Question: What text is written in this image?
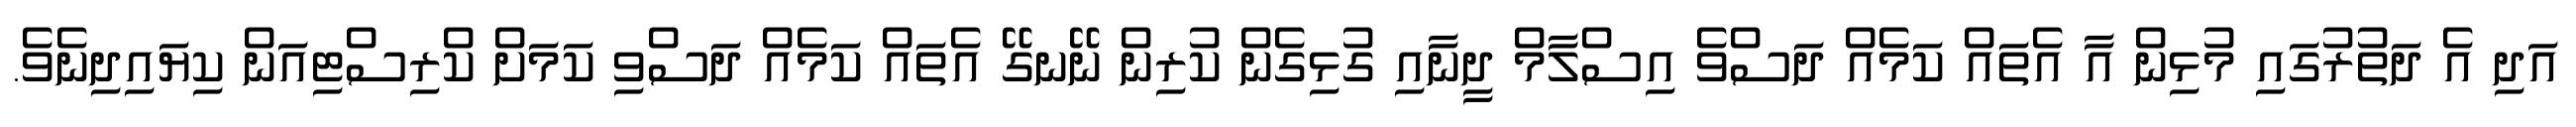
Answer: އަދި އެ ދަތުރުގައި މުޅިން އާ އެތައް ކަމެއް ދަސްވެ އިސްލާމް ދީނާއި ގުޅިގެން ކުރިން ނޭނގޭ އެތައް ކަމެއް ދަސްވި ކަމަށް ކްރިސްޓިއަން ކިޔައިދިނެވެ.